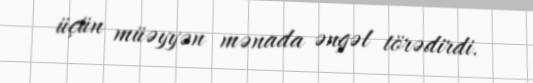
üçün müəyyən mənada əngəl törədirdi.